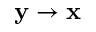
\mathbf y \to \mathbf x